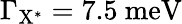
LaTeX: \Gamma_{\mathrm{{X^{*}}}}=7.5~\mathrm{{meV}}